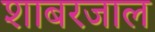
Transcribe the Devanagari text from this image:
शाबरजाल